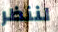
لننظر